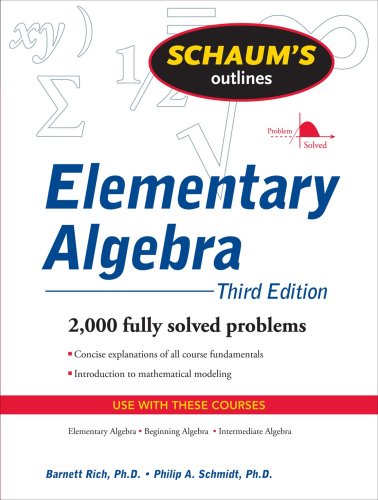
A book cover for Schaum's Outline of Elementary Algebra, 3ed (Schaum's Outlines); Barnett Rich; Test Preparation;